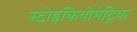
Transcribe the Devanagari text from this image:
स्टोइकियोमेट्रिक